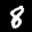
Label: 8